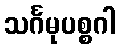
သင်္ဂမုပစ္စဂါ